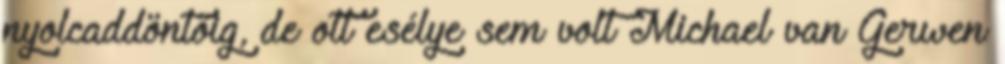
nyolcaddöntőig, de ott esélye sem volt Michael van Gerwen